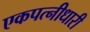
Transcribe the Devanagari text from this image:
एकपत्नीधारी